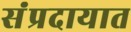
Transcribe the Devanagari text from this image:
संंप्रदायात